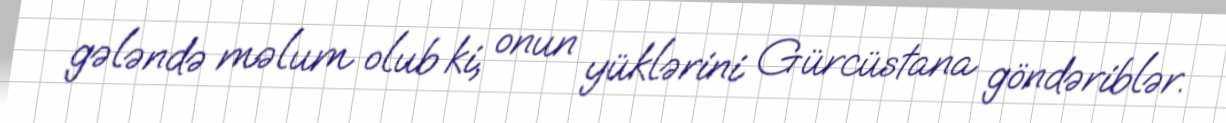
gələndə məlum olub ki, onun yüklərini Gürcüstana göndəriblər.